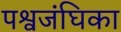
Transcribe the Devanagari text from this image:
पश्वजंघिका